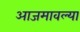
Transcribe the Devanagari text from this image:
आजमावल्या